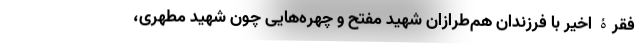
فقرۀ اخیر با فرزندان هم‌طرازان شهید مفتح و چهره‌هایی چون شهید مطهری،